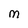
Character: M